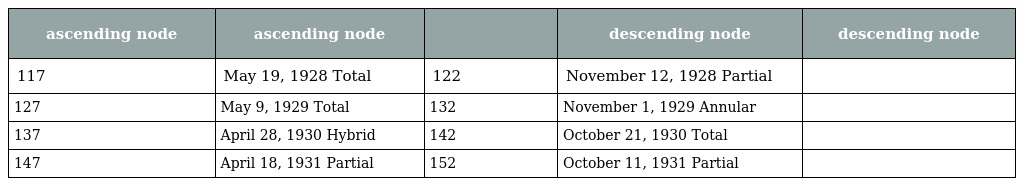
| ascending node | ascending node |  | descending node | descending node |
 | --- | --- | --- | --- | --- |
 | 117 | May 19, 1928 Total | 122 | November 12, 1928 Partial |  |
 | 127 | May 9, 1929 Total | 132 | November 1, 1929 Annular |  |
 | 137 | April 28, 1930 Hybrid | 142 | October 21, 1930 Total |  |
 | 147 | April 18, 1931 Partial | 152 | October 11, 1931 Partial |  |